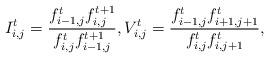
LaTeX: \begin{align*}I_{i,j}^t=\frac{f_{i-1,j}^{t}f_{i,j}^{t+1}}{f_{i,j}^{t}f_{i-1,j}^{t+1}},V_{i,j}^t=\frac{f_{i-1,j}^{t}f_{i+1,j+1}^{t}}{f_{i,j}^{t}f_{i,j+1}^{t}},\end{align*}